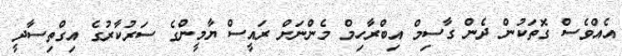
އެއްވެސް ގޮތަކުން ދެން ގާސިމް އިބްރާހިމް މެންނަށް ރައީސް ޔާމީންގެ ސަރުކާރުގެ އިގްތިސާދީ